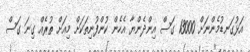
އަޅުގަނޑުމެންނަށް 13000 ގަސް އިންދެންޔާ އެހެން ކުންފުނިތަކަށް މިއަށް ތުރެއް ގިނަ ގަސް